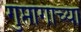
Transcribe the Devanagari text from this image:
गुप्तांगाच्या